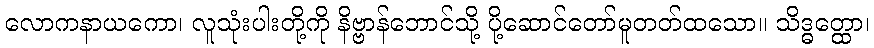
လောကနာယကော၊ လူသုံးပါးတို့ကို နိဗ္ဗာန်ဘောင်သို့ ပို့ဆောင်တော်မူတတ်ထသော။ သိဒ္ဓတ္ထော၊